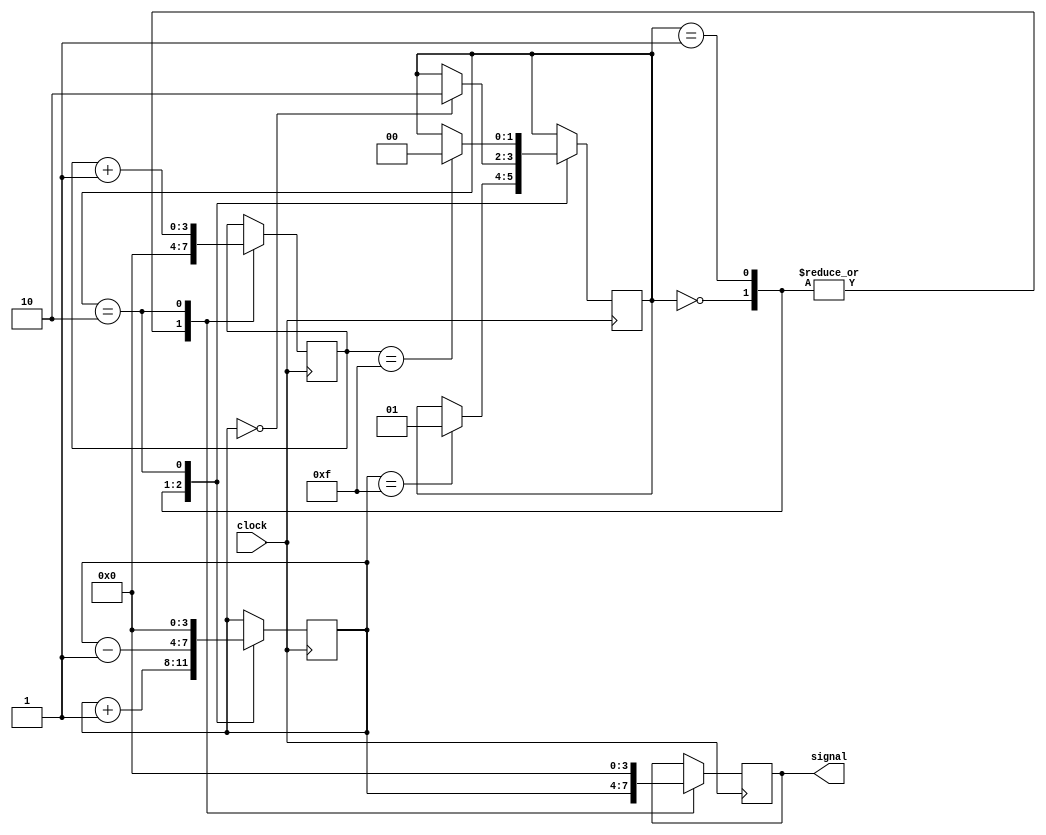
// To make the output signal change orderly.
module Signal_Control #(
    parameter
    INITIAL_STATE = 2'd0,
    INITIAL_VALUE = 4'b0000,
    INCREASE = 0, DECREASE = 1, ZERO = 2
    ) (
    input clock,

    output reg [3:0] signal
    );

    reg [1:0] current_state = INITIAL_STATE;
    reg [1:0] next_state;
    reg [3:0] timer = INITIAL_VALUE; 
    reg [3:0] timer_ZERO = 4'b0000; 

    always @(posedge clock) begin
        current_state <= next_state;
    end

    always @(*) begin
        case(current_state)
            INCREASE: begin
                if (timer == 4'b1111) begin
                    next_state <= DECREASE;
                end
                else begin
                    next_state <= current_state;
                end
            end
            DECREASE: begin
                if (timer == 4'b0000) begin
                    next_state <= ZERO;
                end
                else begin
                    next_state <= current_state;
                end
            end
            ZERO: begin
                if (timer_ZERO == 4'b1111) begin
                    next_state <= INCREASE;
                end
                else begin
                    next_state <= current_state;
                end
            end
            default: begin
                next_state <= current_state;
            end
        endcase
    end

    always @(negedge clock) begin
        case(current_state)
            INCREASE: begin
                signal <= timer;
                timer <= timer + 1'b1;
                timer_ZERO <= 4'b0000;
            end
            DECREASE: begin
                signal <= timer;
                timer <= timer - 1'b1;
                timer_ZERO <= 4'b0000;
            end
            ZERO: begin
                signal <= 4'b0000;
                timer <= 4'b0000;
                timer_ZERO <= timer_ZERO + 1'b1;
            end
            default: begin
                signal <= signal;
                timer <= timer;
                timer_ZERO <= timer_ZERO;
            end
        endcase
    end

endmodule